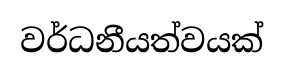
වර්ධනීයත්වයක්